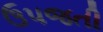
ઉપજતી